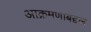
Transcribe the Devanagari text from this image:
आक्रमणाबद्दल